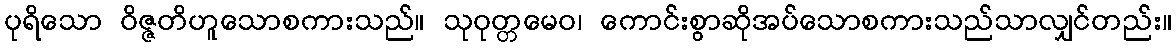
ပုရိသော ဝိဇ္ဇတိဟူသောစကားသည်။ သုဝုတ္တမေဝ၊ ကောင်းစွာဆိုအပ်သောစကားသည်သာလျှင်တည်း။